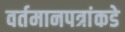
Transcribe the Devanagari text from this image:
वर्तमानपत्रांकडे